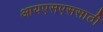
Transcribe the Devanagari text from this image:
आयएसएससाठी